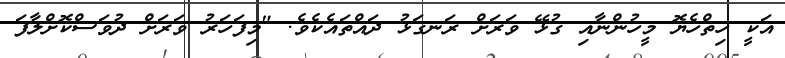
އަކީ ހިތްހެޔޮ މީހުންނާއި ގުޅޭ ވަރަށް ރަނގަޅު ދައްތައެކެވެ. "މިފަހަރު ވަރަށް ދުވަސްކޮށްލާފަ